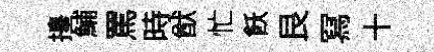
擡鯆罵時猷忙飫艮冩十